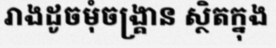
រាងដូចមុំចង្គ្រាន ស្ថិតក្នុង